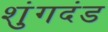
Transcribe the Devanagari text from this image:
शुंगदंड